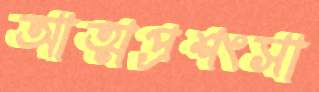
আত্মপ্রশংসা